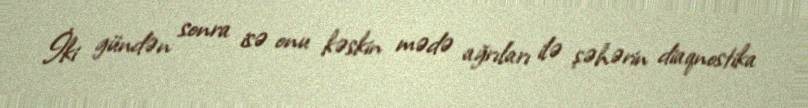
İki gündən sonra isə onu kəskin mədə ağrıları ilə şəhərin diaqnostika